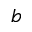
b